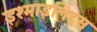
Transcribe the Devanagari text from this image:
इश्माइलिट्स